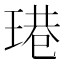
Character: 𤧈